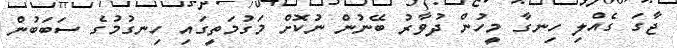
ޖާގަ ގެއްލި ހިނގާ މީހުން ދުވާރު ބޭނުން ނުކޮށް މަގުމަތީގައި ހިނގުމުގެ ސަބަބުން